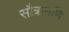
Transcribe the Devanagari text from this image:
सौत्रामणि